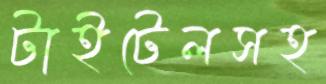
টাইটেলসহ